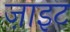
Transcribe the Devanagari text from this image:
ज़ाइट